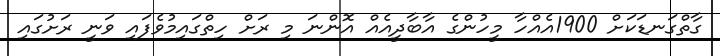
ގާތްގަނޑަކަށް 1900އެއްހާ މީހުންގެ އާބާދީއެއް އޮންނަ މި ރަށް ހިތްގައިމުވެފައި ވަނީ ރަށުގައި